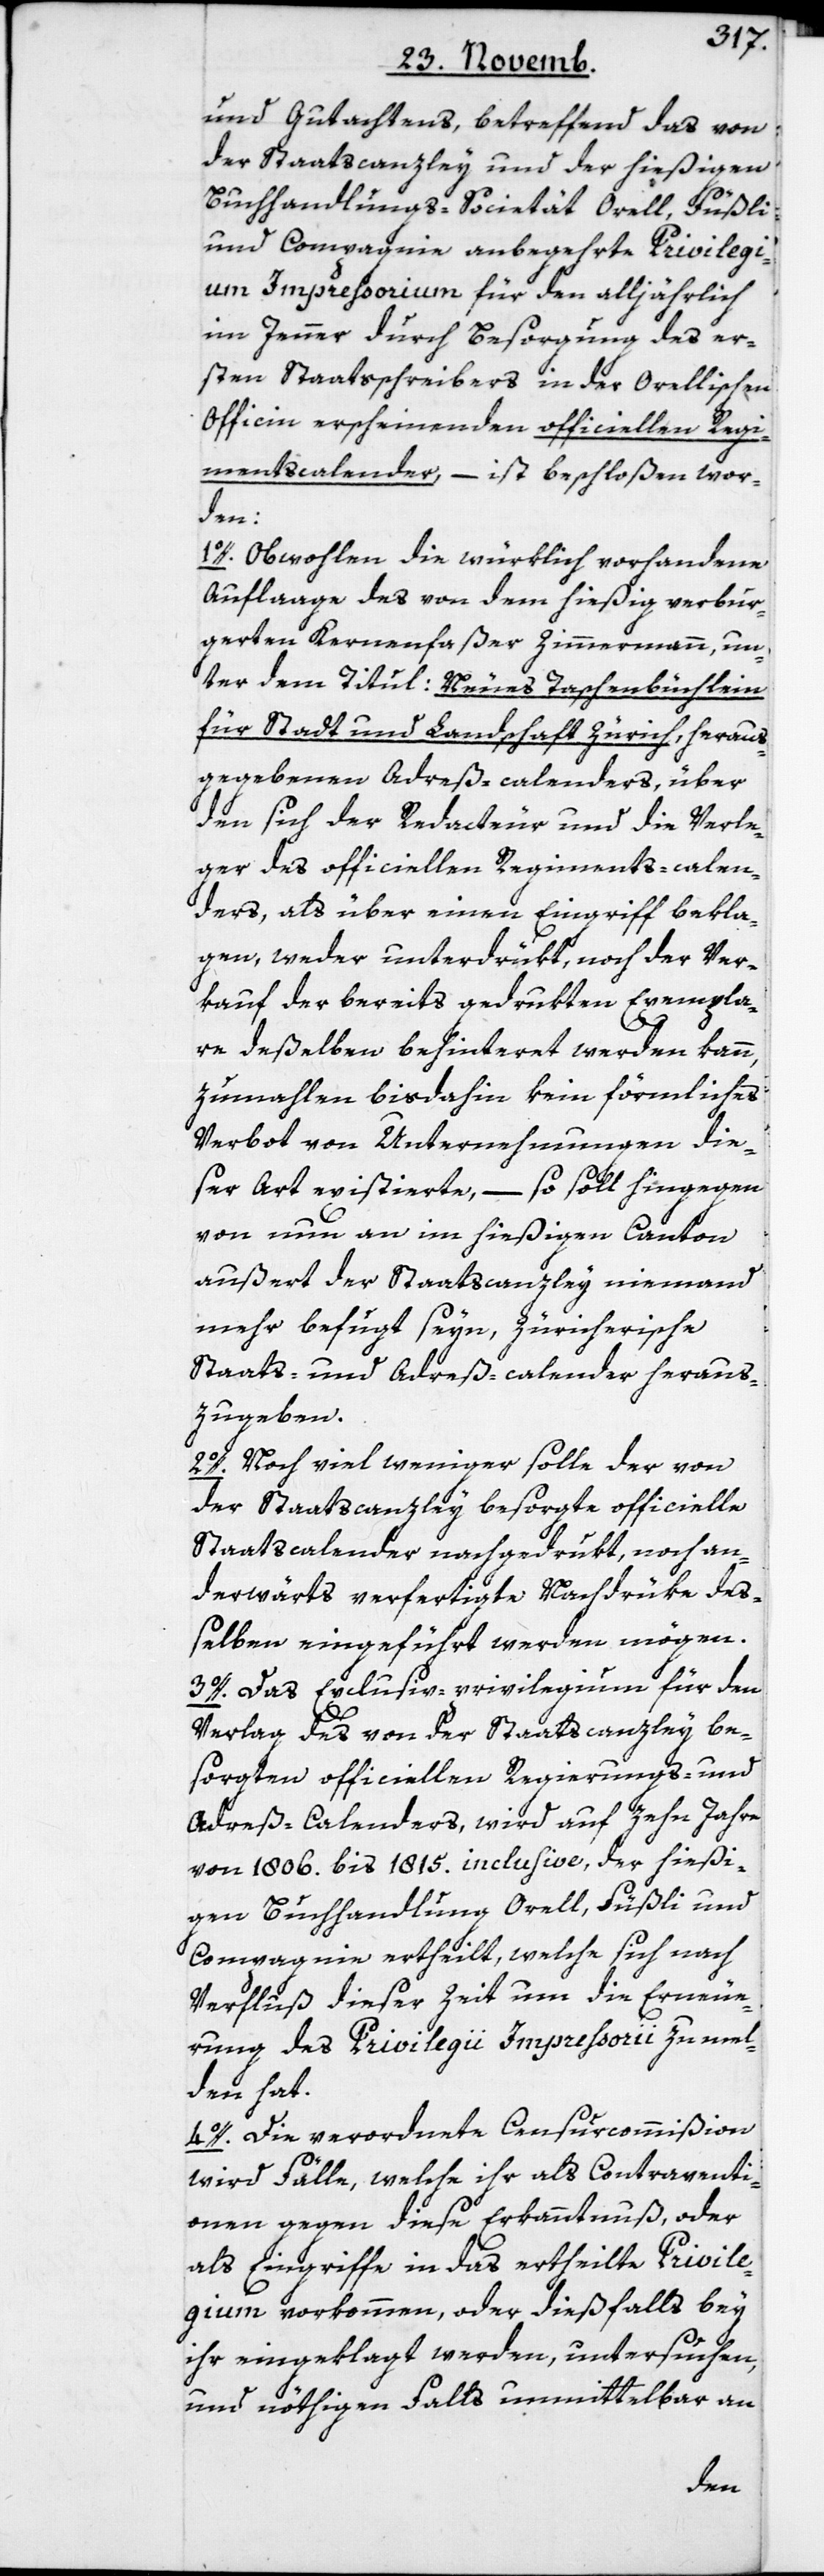
und Gutachtens, betreffend das von
der Staatscanzley und der hießigen
Buchandlungs-Societät Orell, Füßli
& Compagnie anbegehrte Privilegi¬
um Impreßorium für den alljährlich
im Jenner durch Besorgung des er¬
sten Staatsschreibers in der Orellischen
Officin erscheinenden officiellen Regi¬
mentscalender, – ist beschloßen wor¬
den:
1o. Obwohlen die würklich vorhandene
Auflage des von dem hiesig verbur¬
gerten Kernenfaßer Zimmermann, un¬
ter dem Titul: Neues Taschenbüchlein
für Stadt und Landschaft Zürich, heraus¬
gegebenen Adreß-calenders, über
den sich der Redacteur und die Verle¬
ger des officiellen Regiments-calen¬
ders, als über einen Eingriff bekla¬
gen, weder unterdrükt noch der Ver¬
kauf der bereits gedrukten Exempla¬
re deßelben behinteret werden kann,
zumahlen bisdahin kein förmliches
Verbot von Unternehmungen die¬
ser Art existierte, – so soll hingegen
von nun an im hießigen Canton
außert der Staatscanzley niemand
mehr befugt seyn, zürcherische
Staats- und Adreß-calender heraus¬
zugeben.
2o. Noch viel weniger solle der von
der Staatscanzley besorgte officielle
Staatscalender nachgedrukt, noch an¬
derwärts verfertigte Nachdrüke deß¬
elben eingeführt werden mögen.
3o. Das Exclusiv-privilegium für den
Verlag des von der Staatscanzley be¬
sorgten officiellen Regierungs-und
Adreß-Calenders, wird auf zehn Jahre
von 1806. bis 1815. inclusive, der hießi¬
gen Buchhandlung Orell, Füßli &
Compagnie ertheilt, welche sich nach
Verfluß dieser Zeit um die Erneue¬
rung des Privilegii Impressorii zu mel¬
den hat.
4o. Die verordnete Censurcommißion
wird Fälle, welche ihr als Contraventi¬
onen gegen diese Erkanntnuß, oder
als Eingriffe in das ertheilte Privile¬
gium vorkommen, oder dießfalls bey
ihr eingeklagt werden, untersuchen,
und nöthigen Falls unmittelbar an